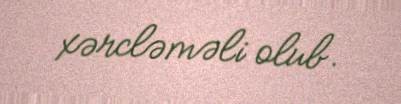
xərcləməli olub.